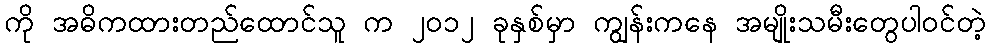
ကို အဓိကထားတည်ထောင်သူ က ၂၀၁၂ ခုနှစ်မှာ ကျွန်းကနေ အမျိုးသမီးတွေပါဝင်တဲ့